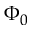
\Phi _ { 0 }